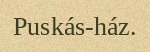
Puskás-ház.